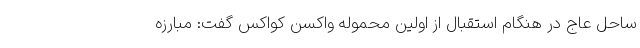
ساحل عاج در هنگام استقبال از اولین محموله واکسن کواکس گفت: مبارزه